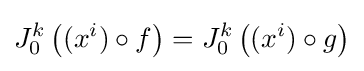
J_{0}^{k}\left((x^{i})\circ f\right)=J_{0}^{k}\left((x^{i})\circ g\right)